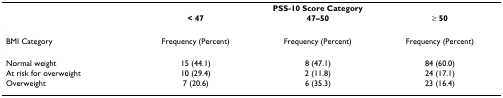
<table><thead><tr><td></td><td colspan="3"><b>PSS-10 Score Category</b></td></tr><tr><td></td><td><b>&lt; 47</b></td><td><b>47–50</b></td><td><b>≥ 50</b></td></tr></thead><tbody><tr><td>BMI Category</td><td>Frequency (Percent)</td><td>Frequency (Percent)</td><td>Frequency (Percent)</td></tr><tr><td>Normal weight</td><td>15 (44.1)</td><td>8 (47.1)</td><td>84 (60.0)</td></tr><tr><td>At risk for overweight</td><td>10 (29.4)</td><td>2 (11.8)</td><td>24 (17.1)</td></tr><tr><td>Overweight</td><td>7 (20.6)</td><td>6 (35.3)</td><td>23 (16.4)</td></tr></tbody></table>